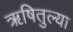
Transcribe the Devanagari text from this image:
ऋषितुल्या